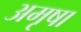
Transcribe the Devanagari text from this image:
अमृषा